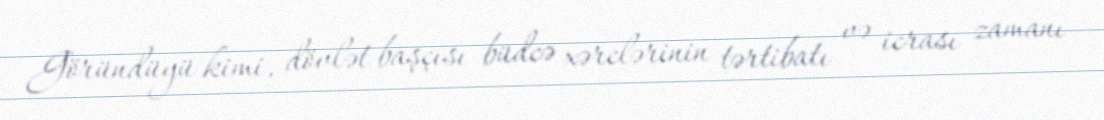
Göründüyü kimi, dövlət başçısı büdcə xərclərinin tərtibatı və icrası zamanı